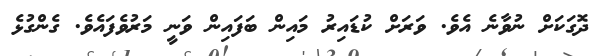
ދޮގަކަށް ނުވާނެ އެވެ. ވަރަށް ކުޑައިރު މައިން ބަފައިން ވަނީ މަރުވެފައެވެ. ގެންގުޅެ